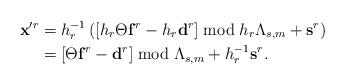
LaTeX: \begin{align*} \mathbf x'^r &= h_r^{-1}\left([h_r\Theta \mathbf f^r - h_r \mathbf d^r] \bmod h_r \Lambda_{s,m} + \mathbf s^r\right) \\ & =[\Theta \mathbf f^r - \mathbf d^r] \bmod \Lambda_{s,m} + h_r^{-1}\mathbf s^r.\end{align*}